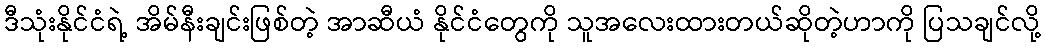
ဒီသုံးနိုင်ငံရဲ့ အိမ်နီးချင်းဖြစ်တဲ့ အာဆီယံ နိုင်ငံတွေကို သူအလေးထားတယ်ဆိုတဲ့ဟာကို ပြသချင်လို့